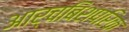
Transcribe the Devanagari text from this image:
आर्चबिशपरिक